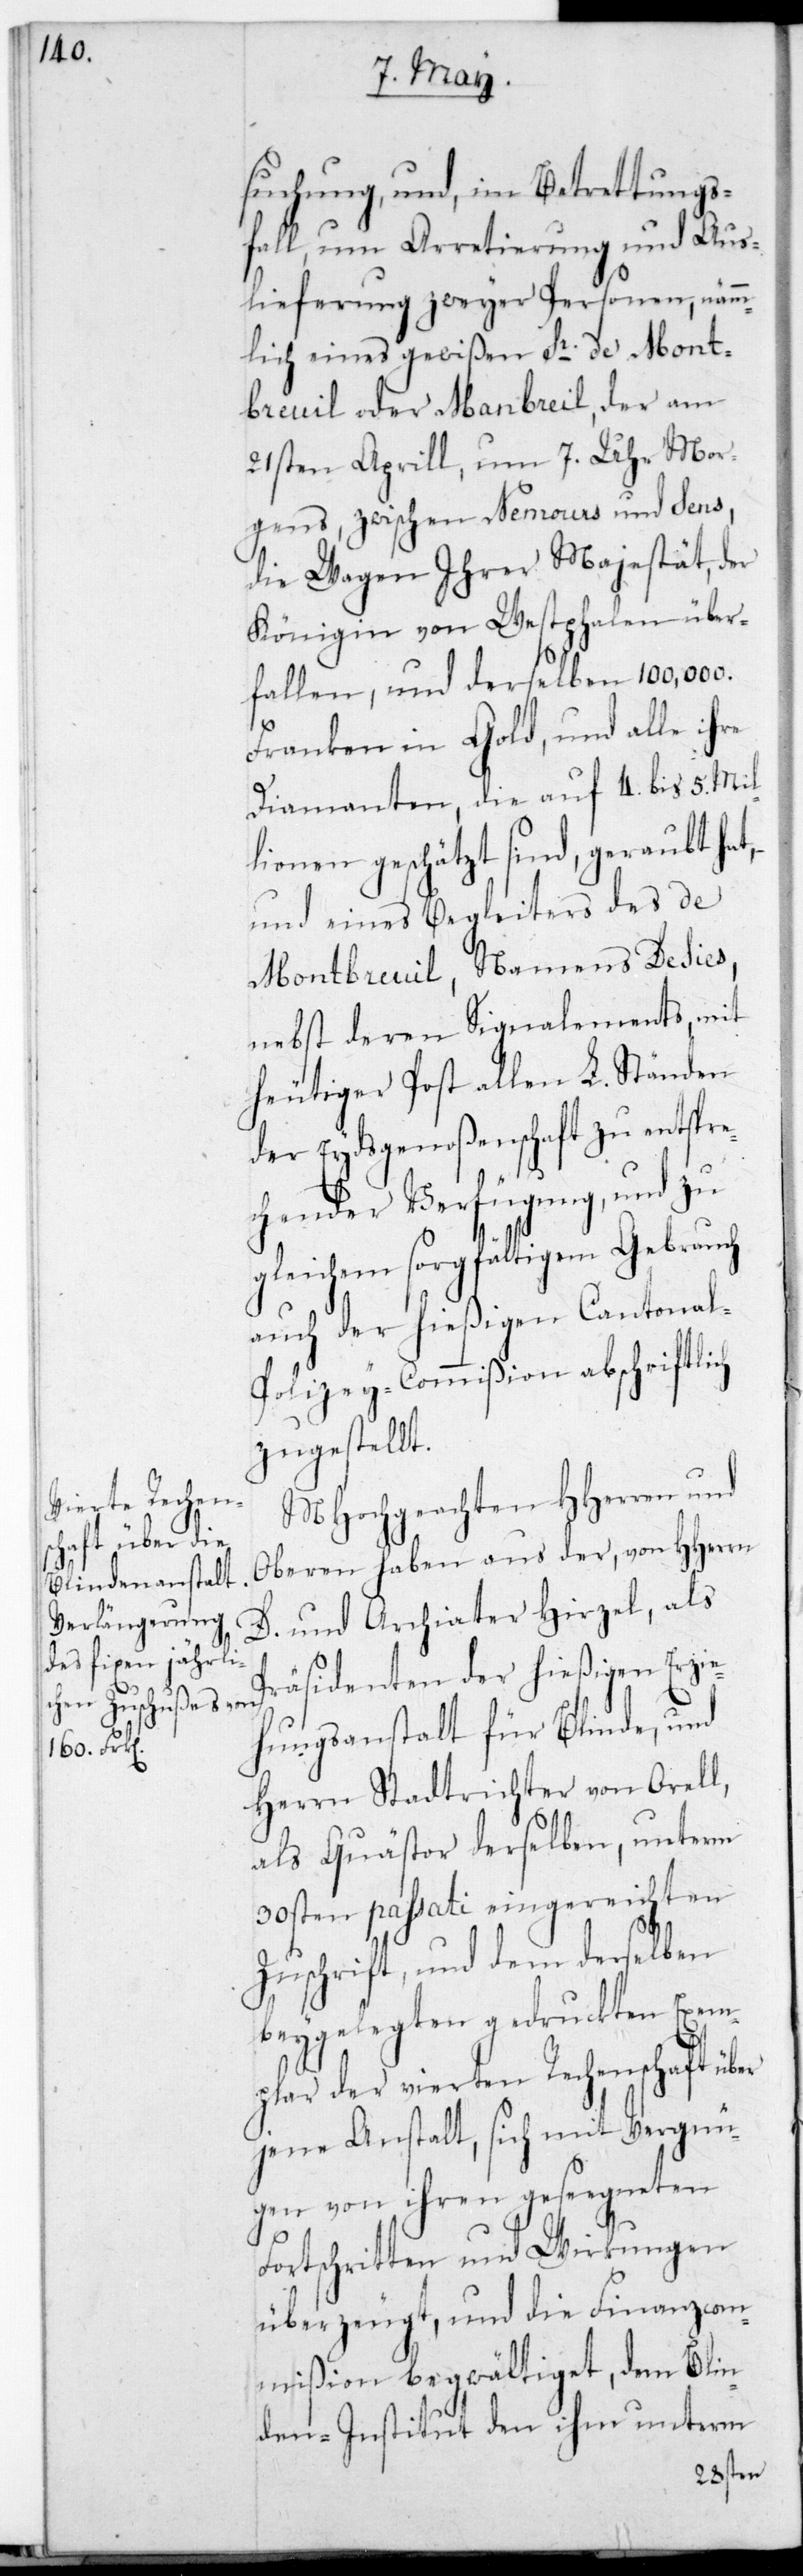
suchung, und im Betretungs¬
fall um Arretierung und Aus¬
lieferung zweyer Personen, nämm¬
lich eines gewißen Sr. de Mont¬
breuil oder Manbreil, der am
21sten Aprill um 7. Uhr Mor¬
gens, zwischen Nemours und Sens,
die Wagen ihrer Majestät der
Königin von Westphalen über¬
fallen, und derselben 100,000.
Franken in Gold, und alle ihre
Diamanten, die auf 4. bis 5. Mil¬
lionen geschätzt sind, geraubt hat,
und eines Begleiters des de
Montbreuil, Namens Desies,
nebst deren Signalements, mit
heutiger Post allen L. Ständen
der Eydsgenoßenschaft zu entspre¬
chender Verfügung, und zu
gleichem sorgfältigem Gebrauch
auch der hießigen Cantonal-P¬
olizey-Commißion abschriftlich
zugestellt.
MHochgeachten HHerren und
Oberen haben aus der, von HHerren
D. und Archiater Hirzel, als
hungsanstalt für Blinde, und
Erzie¬
Herrn Stadtrichter von Orell,
als Quästor derselben, unterm
30sten passati eingereichten
Zuschrift, und dem derselben
beygelegten gedruckten Exem¬
plar der vierten Rechenschaft über
jene Anstalt, sich mit Vergnü¬
gen von ihren gesegneten
Fortschritten und Wirkungen
überzeugt, und die Finanzcom¬
mißion begwältiget, dem Blin¬
den-Institut den ihm unterm